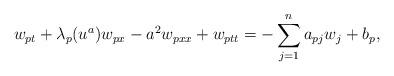
LaTeX: \begin{align*}w_{pt} + \lambda_p(u^a) w_{px} - a^2 w_{pxx} + w_{ptt}= - \sum_{j = 1}^n a_{pj}w_j+ b_p,\end{align*}